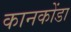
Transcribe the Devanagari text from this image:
कानकोंडा